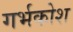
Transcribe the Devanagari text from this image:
गर्भकोश